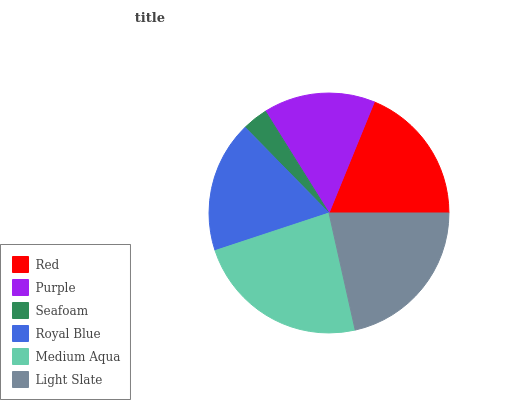
| Red | Purple | Seafoam | Royal Blue | Medium Aqua | Light Slate |
 | --- | --- | --- | --- | --- | --- |
 | 18.8% | 15.1% | 3.46% | 17.7% | 23.4% | 21.5% |